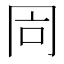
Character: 𠕑